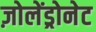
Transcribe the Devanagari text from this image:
ज़ोलेंड्रोनेट